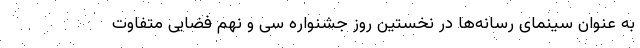
به عنوان سینمای رسانه‌ها در نخستین روز جشنواره سی و نهم فضایی متفاوت